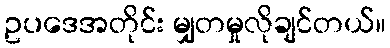
ဥပဒေအတိုင်း မျှတမှုလိုချင်တယ်။